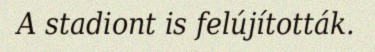
A stadiont is felújították.